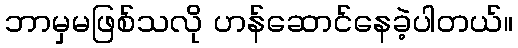
ဘာမှမဖြစ်သလို ဟန်ဆောင်နေခဲ့ပါတယ်။